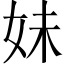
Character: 妹